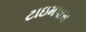
ટાઇમપાસ